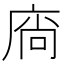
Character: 𢉒